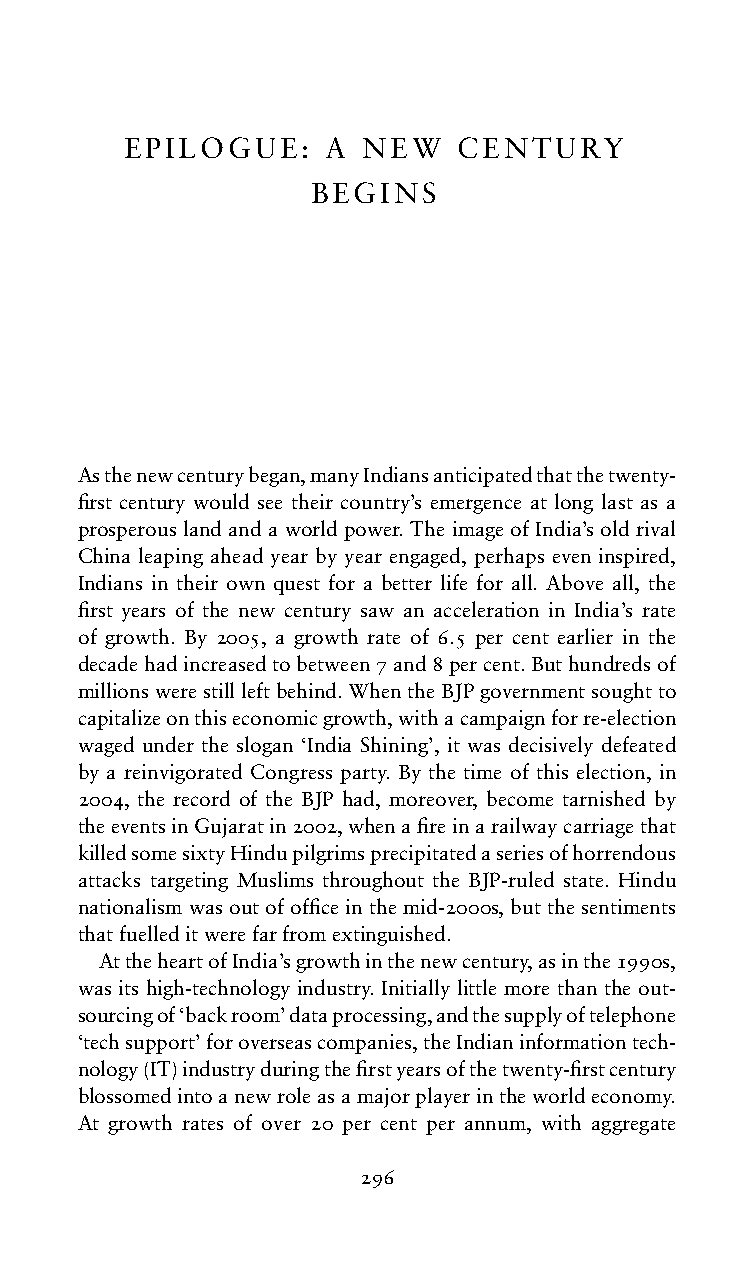
EPILOGUE:    A  NEW   CENTURY
 BEGINS
 Asthenewcenturybegan,manyIndiansanticipatedthatthetwenty-
 first century would see their country’s emergence at long last as a
 prosperouslandandaworldpower.TheimageofIndia’soldrival
 China leaping ahead year by year engaged, perhaps even inspired,
 Indians in their own quest for a better life for all. Above all, the
 first years of the new century saw an acceleration in India’s rate
 of growth. By 2005, a growth rate of 6.5 per cent earlier in the
 decadehadincreasedtobetween7and8percent.Buthundredsof
 millionswerestillleftbehind.WhentheBJPgovernmentsoughtto
 capitalizeonthiseconomicgrowth,withacampaignforre-election
 waged under the slogan ‘India Shining’, it was decisively defeated
 by a reinvigorated Congress party. By the time of this election, in
 2004, the record of the BJP had, moreover, become tarnished by
 theeventsinGujaratin2002,whenafireinarailwaycarriagethat
 killedsomesixtyHindupilgrimsprecipitatedaseriesofhorrendous
 attacks targeting Muslims throughout the BJP-ruled state. Hindu
 nationalism was out of office in the mid-2000s, but the sentiments
 thatfuelleditwerefarfromextinguished.
 AttheheartofIndia’sgrowthinthenewcentury,asinthe1990s,
 was its high-technology industry. Initially little more than the out-
 sourcingof‘backroom’dataprocessing,andthesupplyoftelephone
 ‘techsupport’foroverseascompanies,theIndianinformationtech-
 nology(IT)industryduringthefirstyearsofthetwenty-firstcentury
 blossomedintoanewroleasamajorplayerintheworldeconomy.
 At growth rates of over 20 per cent per annum, with aggregate
 296